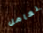
نعامل